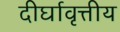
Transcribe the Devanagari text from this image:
दीर्घावृत्तीय